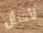
لأسأل